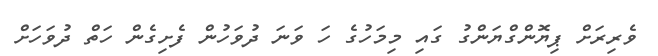
ވެރިރަށް ޕިޔޮންގްޔަންގު ގައި މިމަހުގެ ހަ ވަނަ ދުވަހުން ފެށިގެން ހަތް ދުވަހަށް